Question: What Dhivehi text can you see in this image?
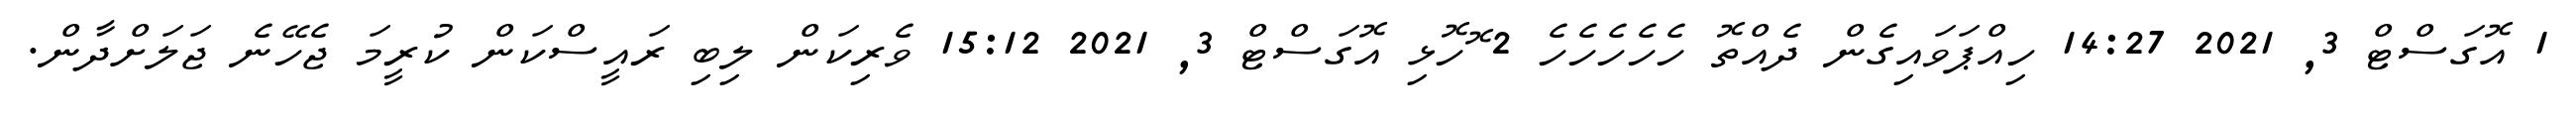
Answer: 1 އޮގަސްޓް 3, 2021 14:27 ހިއްޕަވައިގެން ދެއްތޮ ހެހެހެހެހެ 2 ޮހޮޅި އޮގަސްޓް 3, 2021 15:12 ވެރިކަން ލިބި ރައީސްކަން ކުރީމަ ޖެހޭނެ ޖަލަށްދާން.